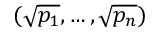
( { \sqrt { p _ { 1 } } } , \ldots , { \sqrt { p _ { n } } } )